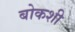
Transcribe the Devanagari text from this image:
बोकशी